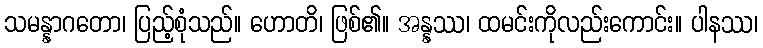
သမန္နာဂတော၊ ပြည့်စုံသည်။ ဟောတိ၊ ဖြစ်၏။ အန္နဿ၊ ထမင်းကိုလည်းကောင်း။ ပါနဿ၊